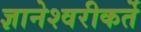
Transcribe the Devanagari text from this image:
ज्ञानेश्वरीकर्ते